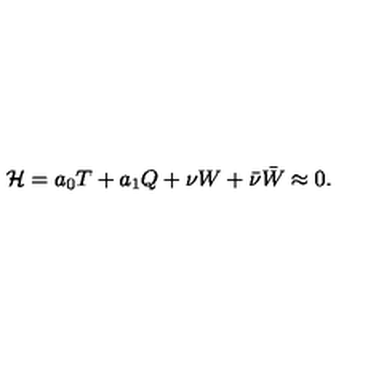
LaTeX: { \cal H } = a _ { 0 } T + a _ { 1 } Q + \nu W + \bar { \nu } { \bar { W } } \approx 0 .